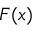
F ( x )